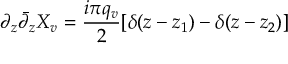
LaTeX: \partial _ { z } { \bar { \partial } } _ { z } X _ { v } = { \frac { i \pi q _ { v } } { 2 } } [ \delta ( z - z _ { 1 } ) - \delta ( z - z _ { 2 } ) ]